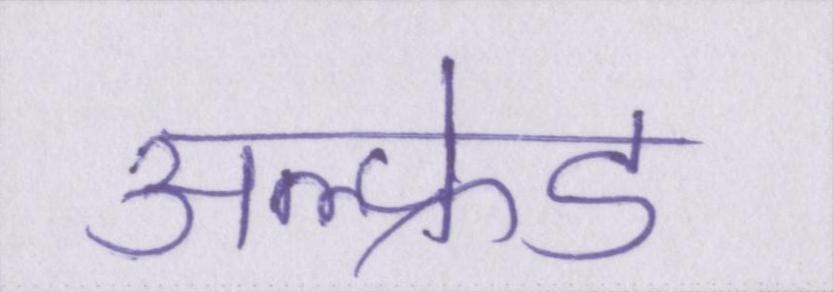
अल्फ्रेड